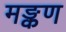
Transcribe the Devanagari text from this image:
मङ्कण